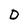
Character: D